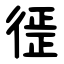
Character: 徰